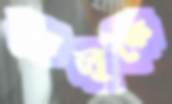
লালুকে